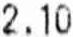
2.10